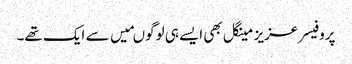
پروفیسر عزیز مینگل بھی ایسے ہی لوگوںمیں سے ایک تھے۔